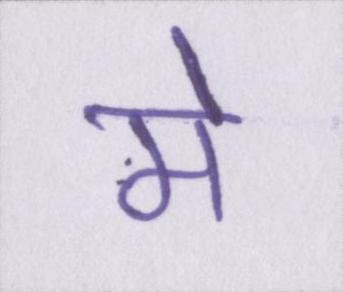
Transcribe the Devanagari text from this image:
मे